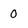
Character: 0